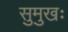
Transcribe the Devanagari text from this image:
सुमुखः